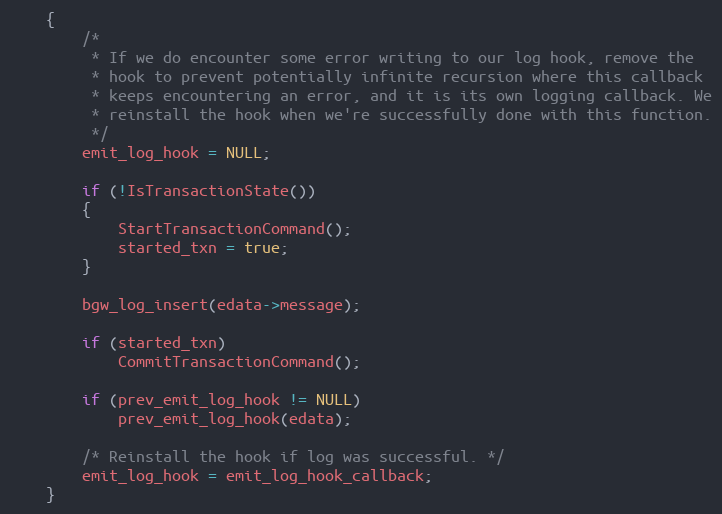
Language: C
	{
		/*
		 * If we do encounter some error writing to our log hook, remove the
		 * hook to prevent potentially infinite recursion where this callback
		 * keeps encountering an error, and it is its own logging callback. We
		 * reinstall the hook when we're successfully done with this function.
		 */
		emit_log_hook = NULL;

		if (!IsTransactionState())
		{
			StartTransactionCommand();
			started_txn = true;
		}

		bgw_log_insert(edata->message);

		if (started_txn)
			CommitTransactionCommand();

		if (prev_emit_log_hook != NULL)
			prev_emit_log_hook(edata);

		/* Reinstall the hook if log was successful. */
		emit_log_hook = emit_log_hook_callback;
	}